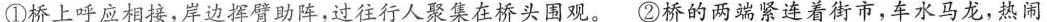
①桥上呼应相接，岸边挥臂助阵，过往行人聚集在桥头围观。②桥的两端紧连着街市，车水马龙，热闹